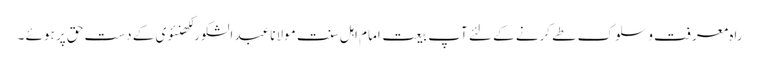
راہ معرفت و سلوک طے کرنے کے لئے آپ بیعت امام اہل سنت مولانا عبد الشکور لکھنئوی کے دست حق پر ہوئے ۔